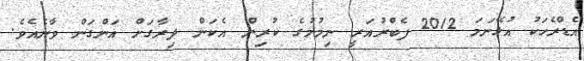
އެޑްރެހަކު އުޅޭނަމަ 2012 ފެބްރުއަރީ ނިމުމުގެ ކުރިން އެކަން ދިރާގަށް އަންގަން ވާނެއެވެ.